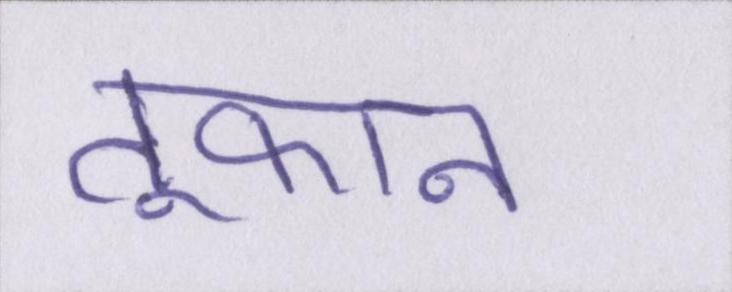
तूफान